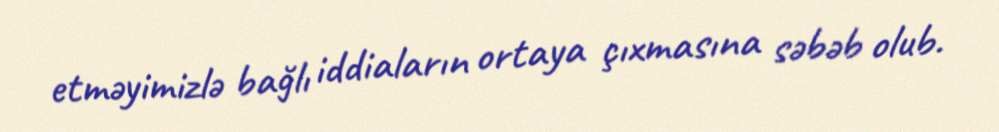
etməyimizlə bağlı iddiaların ortaya çıxmasına səbəb olub.